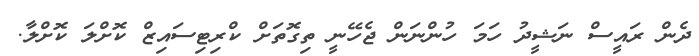
ދެން ރައީސް ނަޝީދު ހަމަ ހުންނަން ޖެހޭނީ ތިގޮތަށް ކްރިޓިސައިޒް ކޮށްލަ ކޮށްލާ.